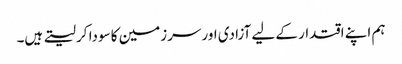
ہم اپنے اقتدار کے لیے آزادی اور سرزمین کا سودا کر لیتے ہیں۔